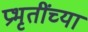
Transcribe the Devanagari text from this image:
प्रभृतींच्या